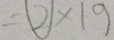
= \textcircled { 2 } \times 1 9